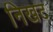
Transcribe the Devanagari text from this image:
निखट